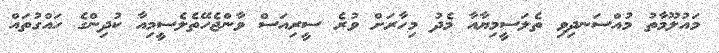
މައުލޫމާތު މުއްސަނދިވި ތެލަސީމިޔާއާ މެދު މިހާރަށް ވުރެ ސީރިއަސް ވާންޖެހޭތެލެސީމިއާ ކުދިންގެ ހައްގުތައް